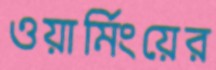
ওয়ার্মিংয়ের